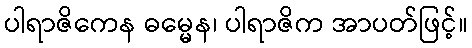
ပါရာဇိကေန ဓမ္မေန၊ ပါရာဇိက အာပတ်ဖြင့်။